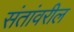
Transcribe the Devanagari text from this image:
संतांवरील